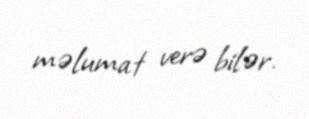
məlumat verə bilər.